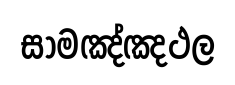
සාමඤ්ඤථල